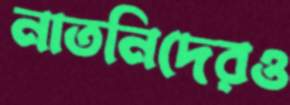
নাতনিদেরও